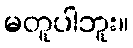
မတူပါဘူး။